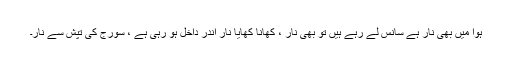
ہوا میں بھی نار ہے سانس لے رہے ہیں تو بھی نار ، کھانا کھایا نار اندر داخل ہو رہی ہے ، سورج کی تپش سے نار۔